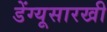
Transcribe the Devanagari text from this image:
डेंग्यूसारखी